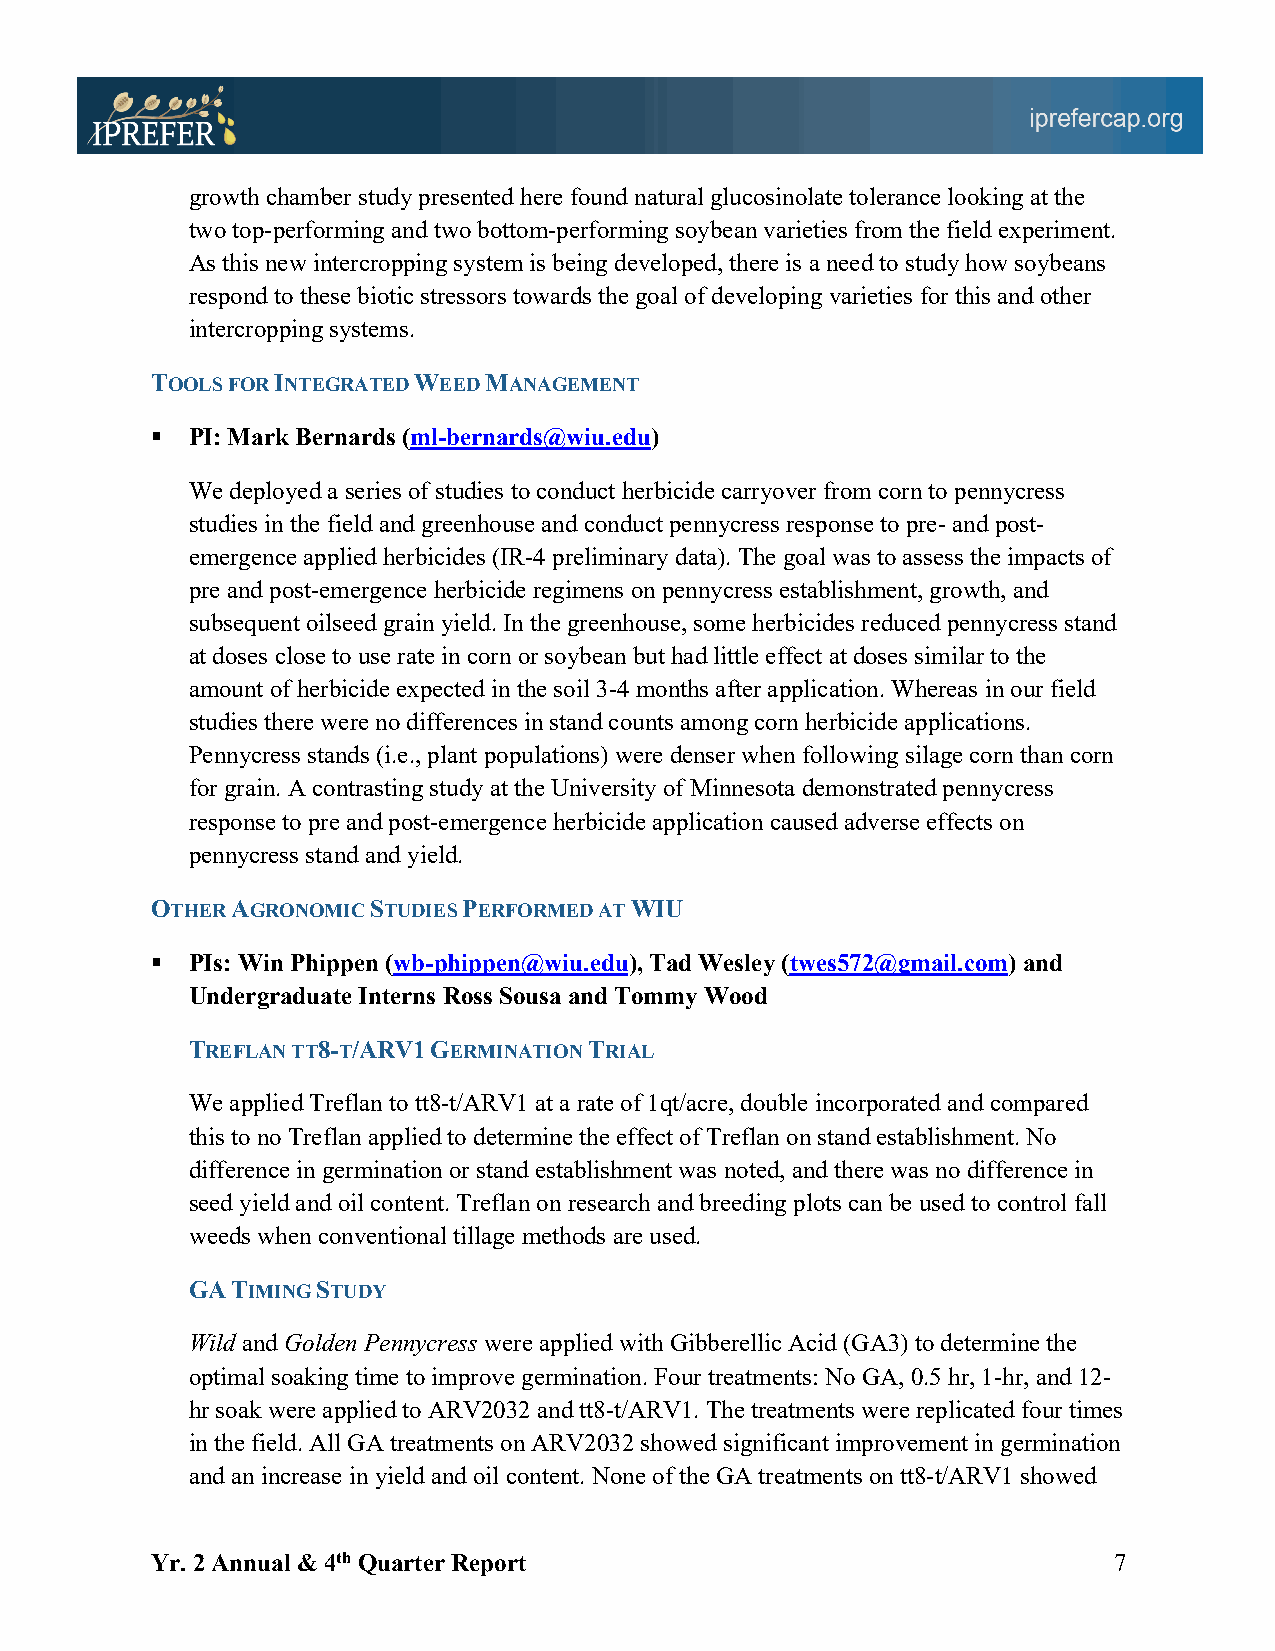
growth chamber study presented here found natural glucosinolate tolerance looking at the
 two top-performing and two bottom-performing soybean varieties from the field experiment.
 As this new intercropping system is being developed, there is a need to study how soybeans
 respond to these biotic stressors towards the goal of developing varieties for this and other
 intercropping systems.
 TOOLS FOR INTEGRATED WEED MANAGEMENT
 § PI: Mark Bernards (ml-bernards@wiu.edu)
 We deployed a series of studies to conduct herbicide carryover from corn to pennycress
 studies in the field and greenhouse and conduct pennycress response to pre- and post-
 emergence applied herbicides (IR-4 preliminary data). The goal was to assess the impacts of
 pre and post-emergence herbicide regimens on pennycress establishment, growth, and
 subsequent oilseed grain yield. In the greenhouse, some herbicides reduced pennycress stand
 at doses close to use rate in corn or soybean but had little effect at doses similar to the
 amount of herbicide expected in the soil 3-4 months after application. Whereas in our field
 studies there were no differences in stand counts among corn herbicide applications.
 Pennycress stands (i.e., plant populations) were denser when following silage corn than corn
 for grain. A contrasting study at the University of Minnesota demonstrated pennycress
 response to pre and post-emergence herbicide application caused adverse effects on
 pennycress stand and yield.
 OTHER AGRONOMIC STUDIES PERFORMED AT WIU
 § PIs: Win Phippen (wb-phippen@wiu.edu), Tad Wesley (twes572@gmail.com) and
 Undergraduate Interns Ross Sousa and Tommy Wood
 TREFLAN TT8-T/ARV1 GERMINATION TRIAL
 We applied Treflan to tt8-t/ARV1 at a rate of 1qt/acre, double incorporated and compared
 this to no Treflan applied to determine the effect of Treflan on stand establishment. No
 difference in germination or stand establishment was noted, and there was no difference in
 seed yield and oil content. Treflan on research and breeding plots can be used to control fall
 weeds when conventional tillage methods are used.
 GA TIMING STUDY
 Wild and Golden Pennycress were applied with Gibberellic Acid (GA3) to determine the
 optimal soaking time to improve germination. Four treatments: No GA, 0.5 hr, 1-hr, and 12-
 hr soak were applied to ARV2032 and tt8-t/ARV1. The treatments were replicated four times
 in the field. All GA treatments on ARV2032 showed significant improvement in germination
 and an increase in yield and oil content. None of the GA treatments on tt8-t/ARV1 showed
 Yr. 2 Annual & 4th Quarter Report                               7